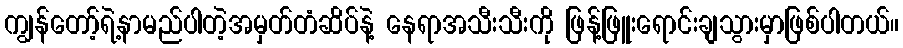
ကျွန်တော့်ရဲ့နာမည်ပါတဲ့အမှတ်တံဆိပ်နဲ့ နေရာအသီးသီးကို ဖြန့်ဖြူးရောင်းချသွားမှာဖြစ်ပါတယ်။